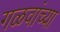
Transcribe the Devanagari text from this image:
गळवांच्या